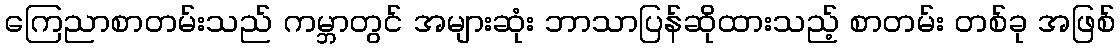
ကြေညာစာတမ်းသည် ကမ္ဘာတွင် အများဆုံး ဘာသာပြန်ဆိုထားသည့် စာတမ်း တစ်ခု အဖြစ်